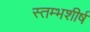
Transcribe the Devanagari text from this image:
स्तम्भशीर्ष